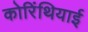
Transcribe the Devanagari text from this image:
कोरिंथियाई